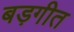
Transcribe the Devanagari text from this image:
बड़गीत